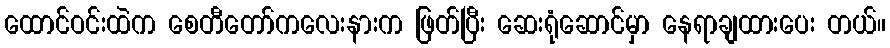
ထောင်ဝင်းထဲက စေတီတော်ကလေးနားက ဖြတ်ပြီး ဆေးရုံဆောင်မှာ နေရာချထားပေး တယ်။